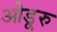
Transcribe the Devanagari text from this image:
ओडूरु